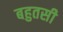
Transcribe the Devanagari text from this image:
बहुतसी